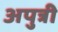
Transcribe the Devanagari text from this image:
अपुत्री